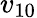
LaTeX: v_{10}